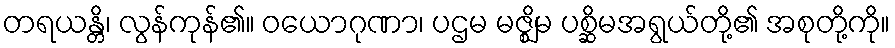
တရယန္တိ၊ လွန်ကုန်၏။ ဝယောဂုဏာ၊ ပဌမ မဇ္ဈိမ ပစ္ဆိမအရွယ်တို့၏ အစုတို့ကို။